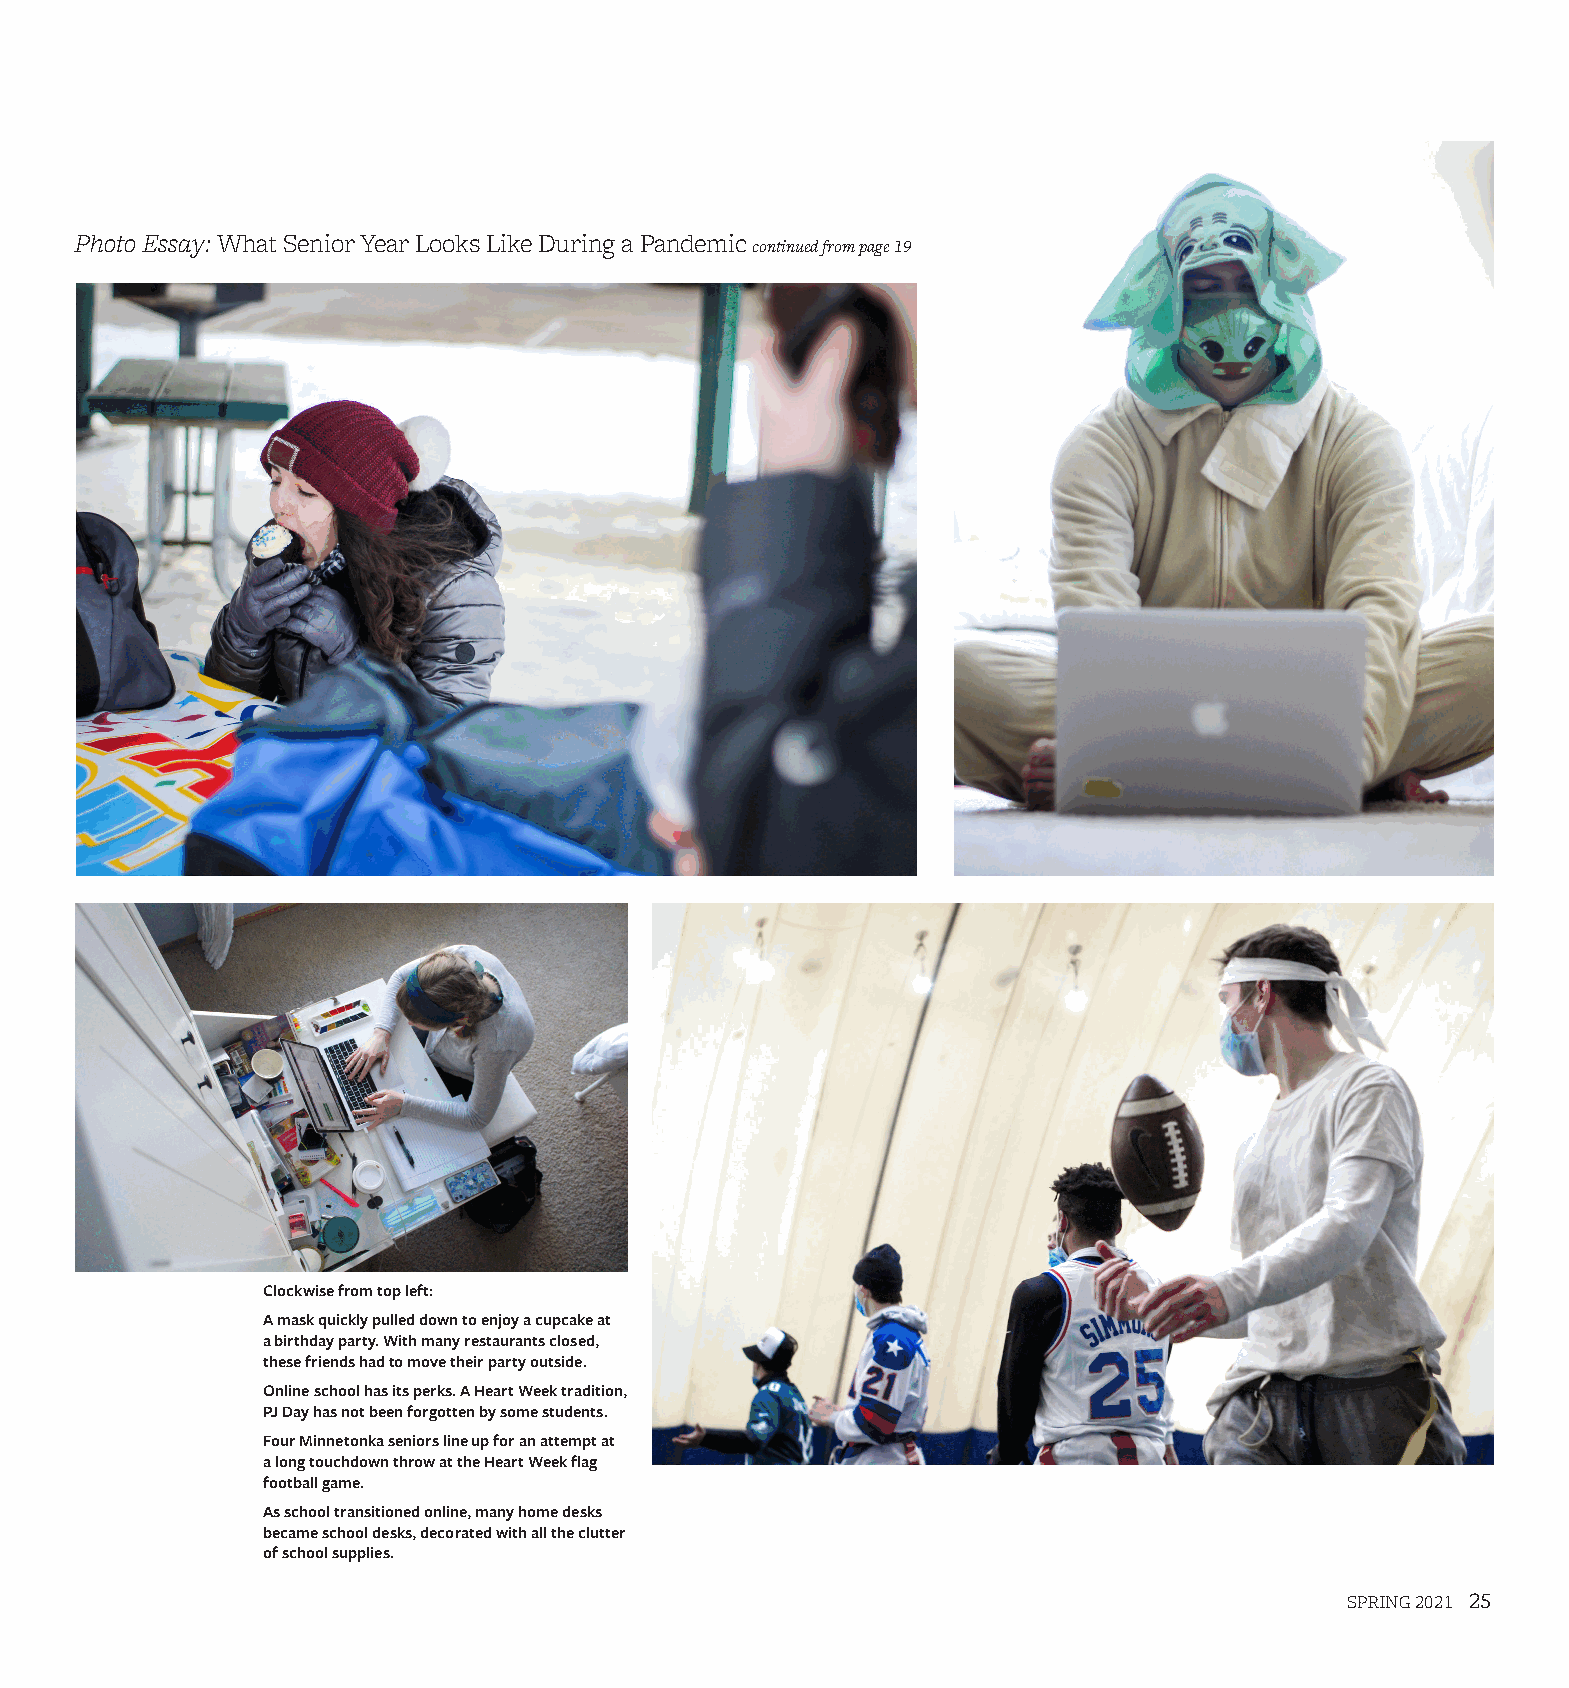
Photo Essay: What Senior Year Looks Like During a Pandemic continued from page 19
 Clockwise from top left:
 A mask quickly pulled down to enjoy a cupcake at
 a birthday party. With many restaurants closed,
 these friends had to move their party outside.
 Online school has its perks. A Heart Week tradition,
 PJ Day has not been forgotten by some students.
 Four Minnetonka seniors line up for an attempt at
 a long touchdown throw at the Heart Week flag
 football game.
 As school transitioned online, many home desks
 became school desks, decorated with all the clutter
 of school supplies.
 SPRING 2021 25